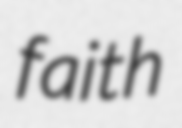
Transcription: faith